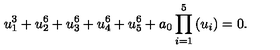
u _ { 1 } ^ { 3 } + u _ { 2 } ^ { 6 } + u _ { 3 } ^ { 6 } + u _ { 4 } ^ { 6 } + u _ { 5 } ^ { 6 } + a _ { 0 } \prod _ { i = 1 } ^ { 5 } \left( u _ { i } \right) = 0 .